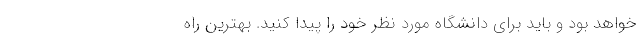
خواهد بود و باید برای دانشگاه مورد نظر خود را پیدا کنید. بهترین راه